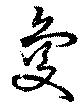
夐